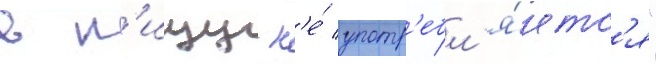
в п'ищу н'е́ употр'ебл'я́етс'я"